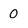
Character: 0